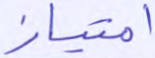
امتياز